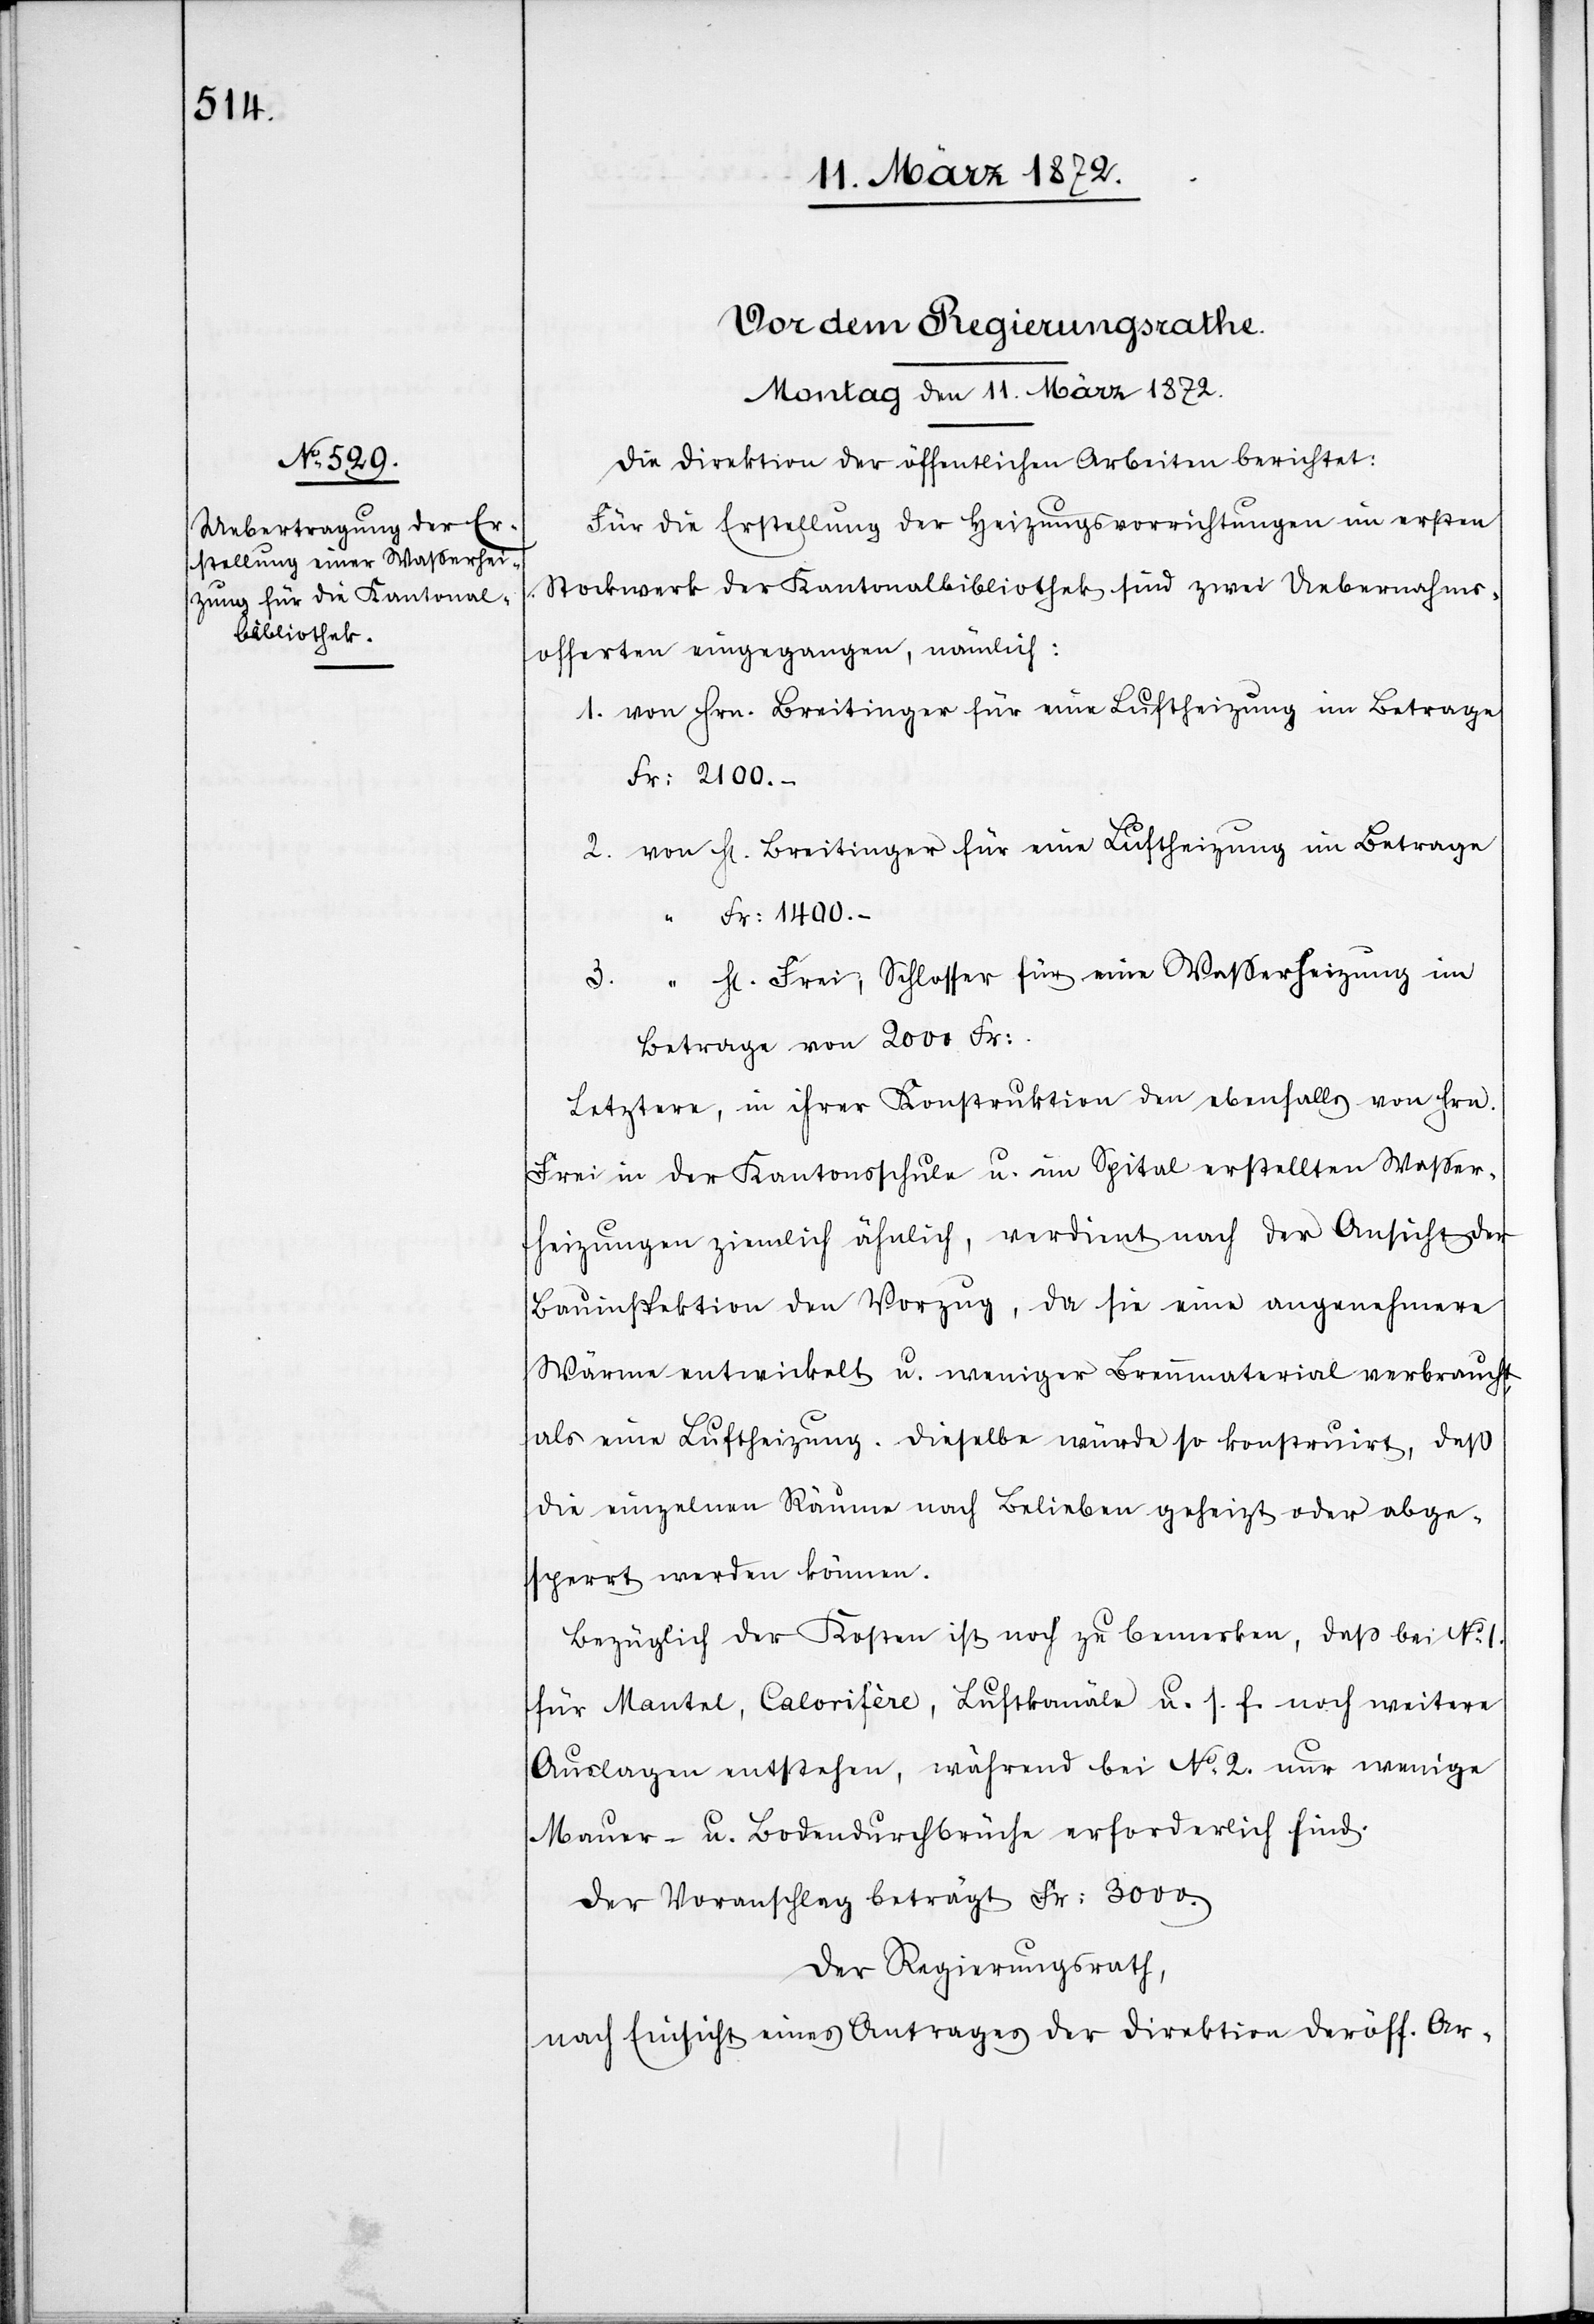
Die Direktion der öffentlichen Arbeiten berichtet:
Für die Erstellung der Heizungsvorrichtungen im ersten
Stockwerk der Kantonalbibliothek sind zwei Uebernahms¬
offerten eingegangen, nämlich:
1. von Hrn. Breitinger für eine Luftheizung im Betrage
Fr: 2100.-
2. von Hr. Breitinger für eine Luftheizung im Betrage
Fr: 1400.-
3. “ Hr. Frei, Schlosser für eine Wasserheizung im
Betrage von 2000 Fr:
Letztere, in ihrer Konstruktion den ebenfalls von Hrn.
Frei in der Kantonsschule u. im Spital erstellten Wasser¬
heizungen ziemlich ähnlich, verdient nach der Ansicht der
Bauinspektion den Vorzug, da sie eine angenehmere
Wärme entwickelt u. weniger Brennmaterial verbraucht,
als eine Luftheizung. Dieselbe würde so konstruirt, daß
die einzelnen Räume nach Belieben geheizt oder abge¬
sperrt werden können.
Bezüglich der Kosten ist noch zu bemerken, daß bei No 1.
für Mantel, Calorifère, Luftkanäle u. s. f. noch weitere
Auslagen entstehen, während bei No 2. nur wenige
Mauer- u. Bodendurchbrüche erforderlich sind.
Der Voranschlag beträgt Fr: 3000.
Der Regierungsrath,
nach Einsicht eines Antrages der Direktion der öff. Ar-